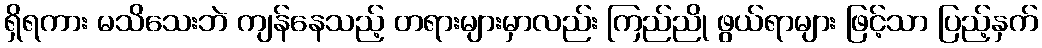
ရှိရကား မသိသေးဘဲ ကျန်နေသည့် တရားများမှာလည်း ကြည်ညို ဖွယ်ရာများ ဖြင့်သာ ပြည့်နှက်